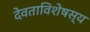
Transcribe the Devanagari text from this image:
देवताविशेषस्य